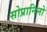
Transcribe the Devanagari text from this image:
सोप्रानिनो